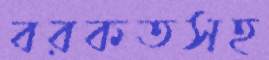
বরকতসহ